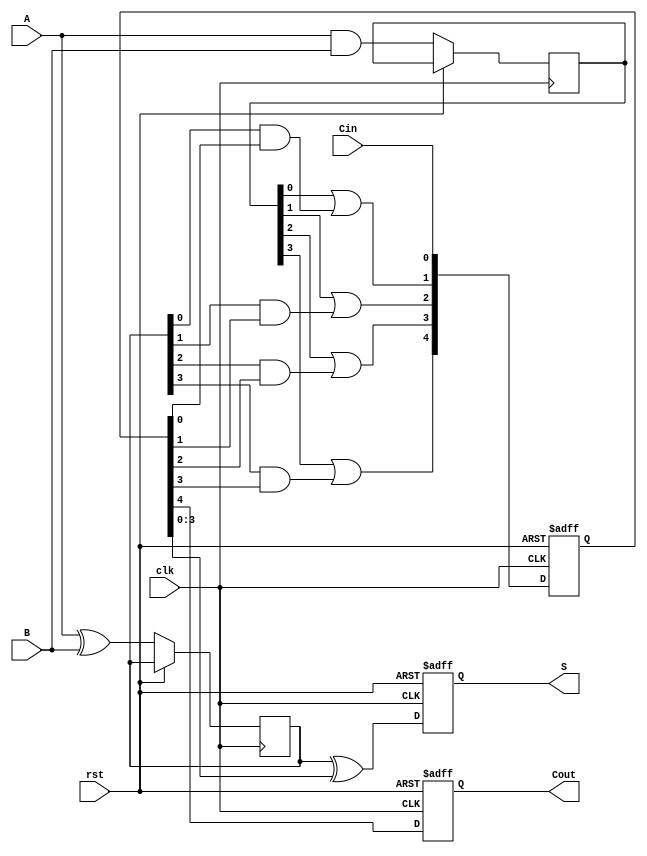
module PipelinedCLA #(parameter N = 4) (
    input  wire clk,
    input  wire rst,
    input  wire [N-1:0] A,
    input  wire [N-1:0] B,
    input  wire Cin,
    output reg  [N-1:0] S,
    output reg  Cout
);

    // Generate and Propagate signals
    wire [N-1:0] G; // Generate
    wire [N-1:0] P; // Propagate
    reg [N:0] C;    // Carry signals

    // Stage 1: Generate and Propagate Calculation
    always @(posedge clk or posedge rst) begin
        if (rst) begin
            C <= 0;
        end else begin
            G <= A & B;            // Generate
            P <= A ^ B;            // Propagate
            C[0] <= Cin;           // Initial carry
            // Calculate carry for next bits
            C[1] <= G[0] | (P[0] & C[0]);
            C[2] <= G[1] | (P[1] & C[1]);
            C[3] <= G[2] | (P[2] & C[2]);
            C[4] <= G[3] | (P[3] & C[3]);
        end
    end

    // Stage 2: Sum Calculation
    always @(posedge clk or posedge rst) begin
        if (rst) begin
            S <= 0;
            Cout <= 0;
        end else begin
            S <= P ^ C[N-1:0]; // Sum calculation
            Cout <= C[N];     // Final carry-out
        end
    end

endmodule